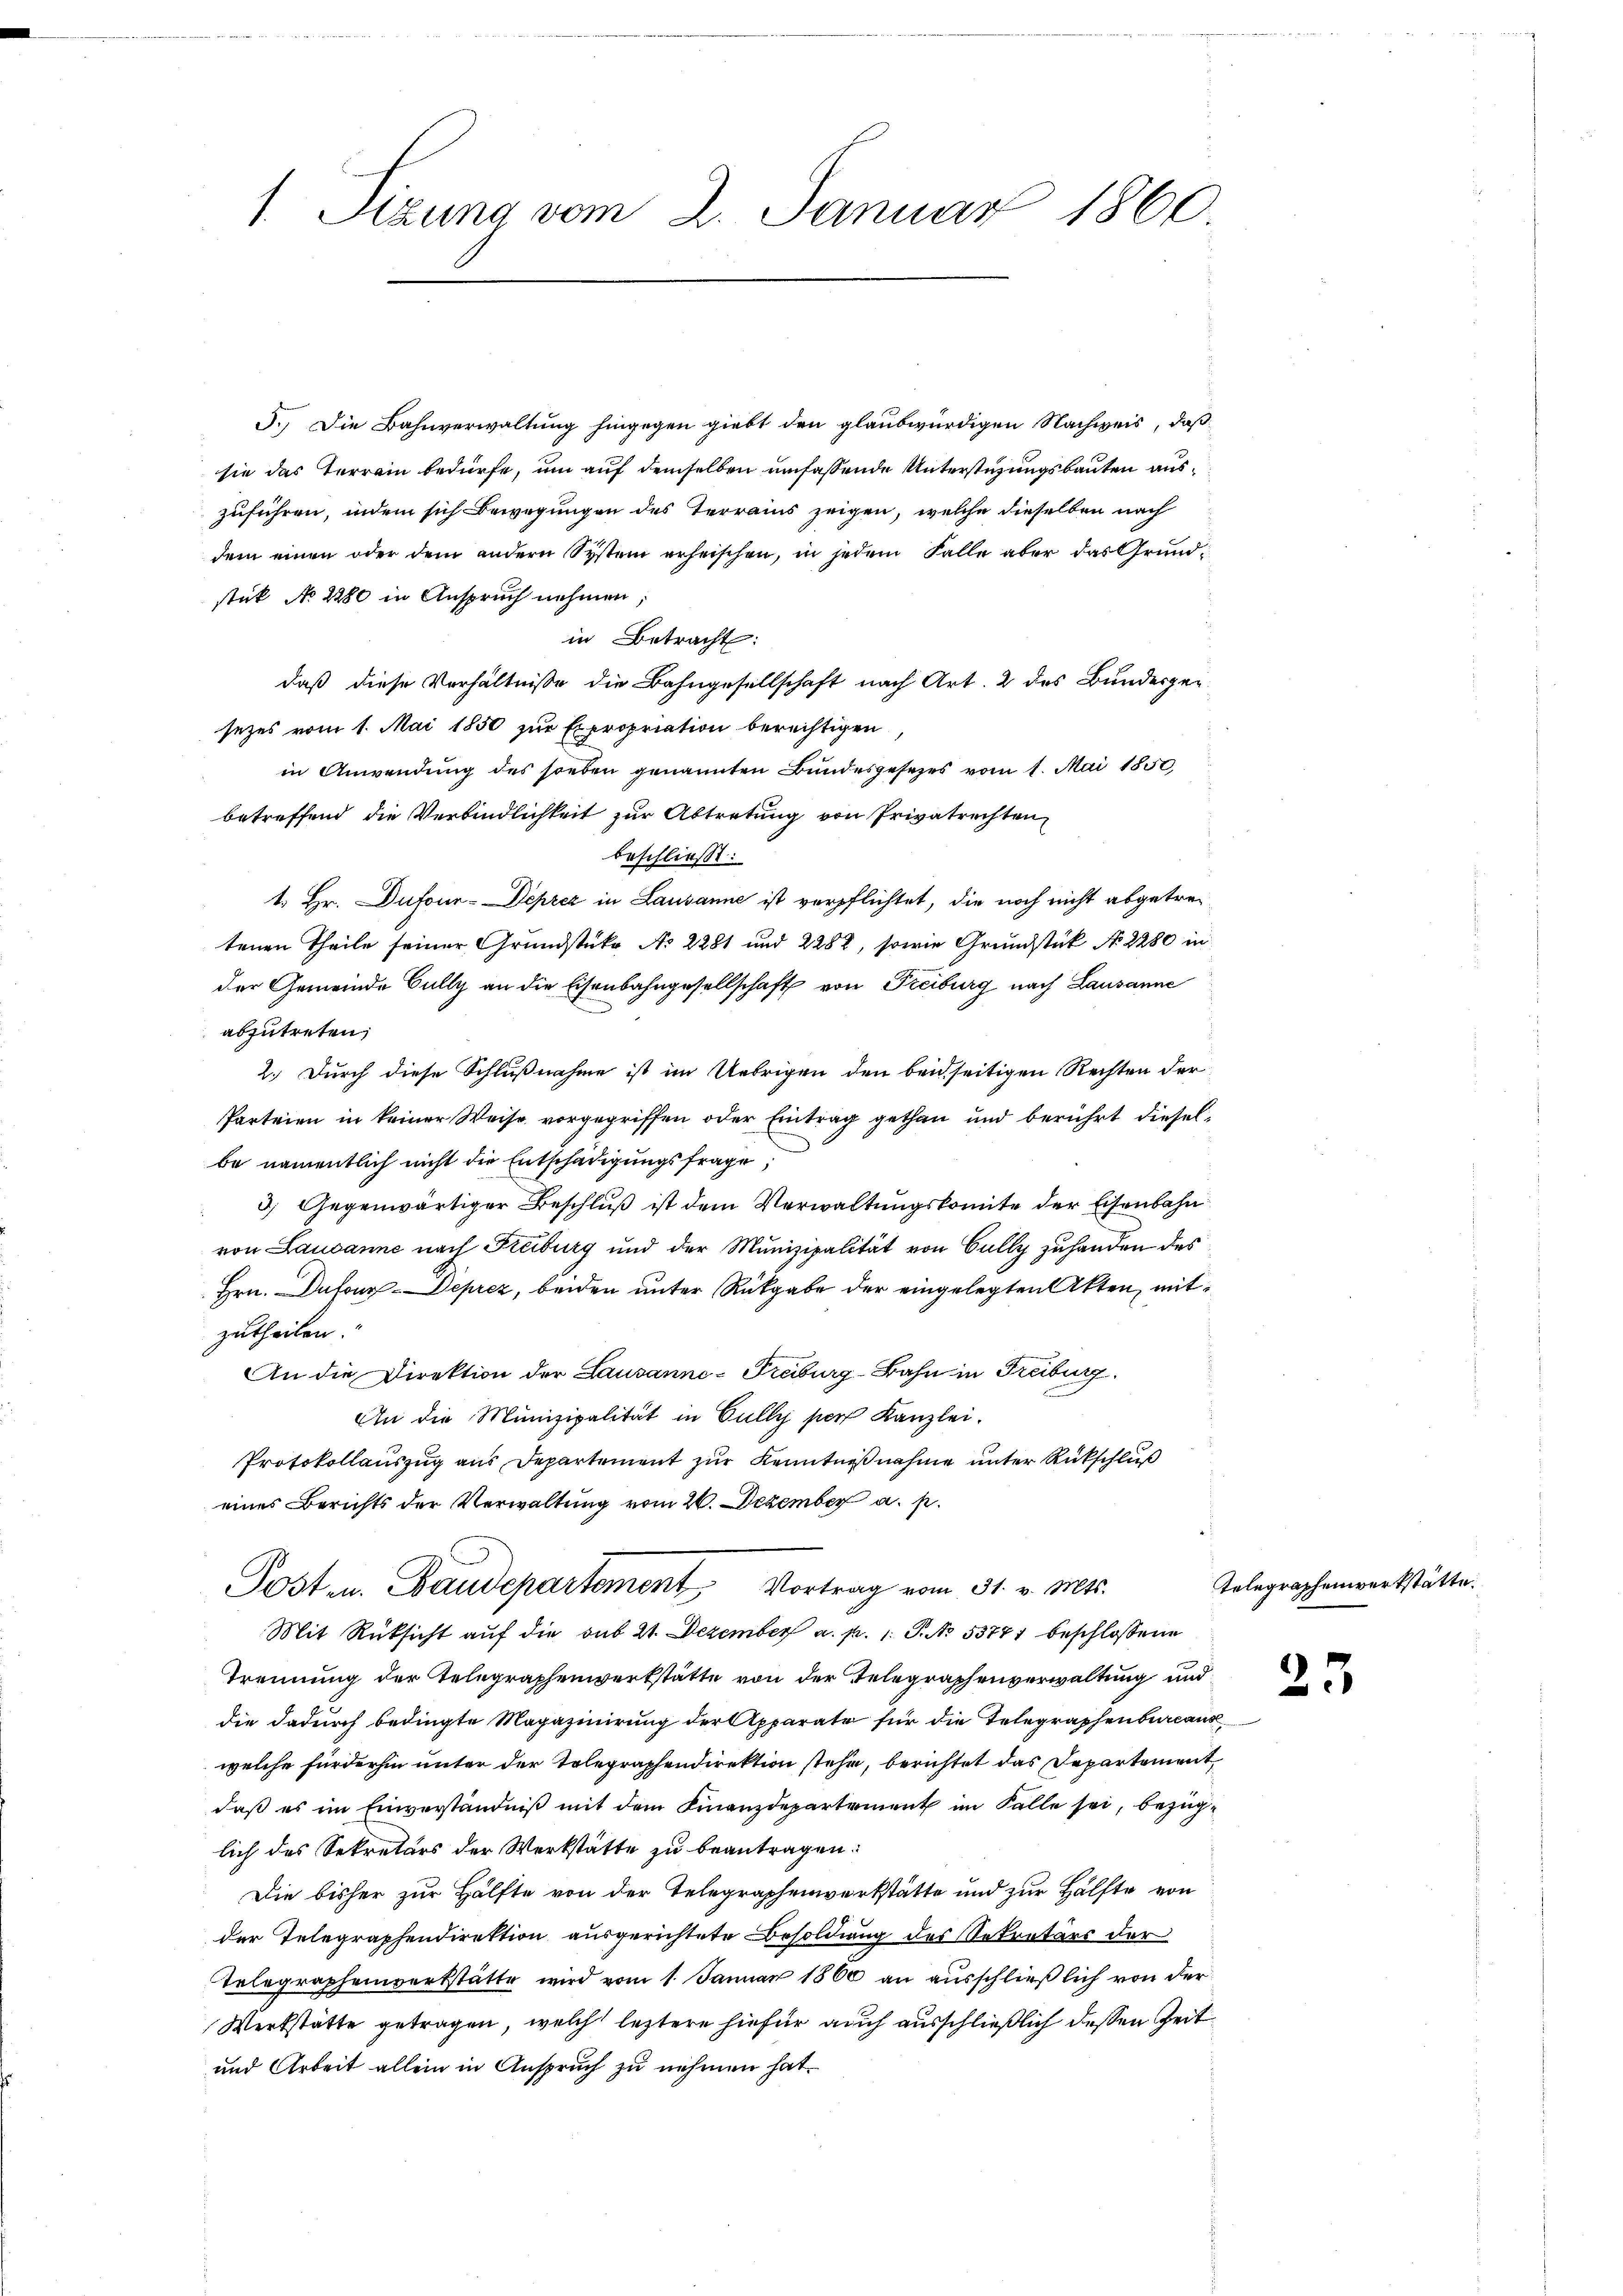
1 Sizung vom 2. Januar 1860

5.) Die Bahnverwaltung hingegen giebt den glaubwürdigen Nachweis, daß
sie das Terrain bedürfe, um auf demselben umfassende Unterstüzungsbauten auszuführen, indem sich Bewegungen des Terrains zeigen, welche dieselben nach
dem einen oder dem andern System erheischen, in jedem Falle aber das Grundstük No 2280 in Anspruch nehmen;
in Betracht:
daß diese Verhältnisse die Bahngesellschaft nach Art. 2 des Bundergesezes vom 1. Mai 1850 zur Expropriation berechtigen
in Anwendung des soeben genannten Bundesgesezes vom 1. Mai 1850
betreffend die Verbindlichkeit zur Abtretung von Privatrechten
beschließt:
1. Hr. Dufour-Deprez in Lausanne ist verpflichtet, die noch nicht abgetretenen Theile seiner Grundstüke No 2281 und 2282, sowie Grundstück No 2280 in
der Gemeinde Bally an die Eisenbahngesellschaft von Freiburg nach Lausanne
abzutreten,
2.) Durch diese Schlußnahme ist im Uebrigen den beidseitigen Rechten der
Parteien in keiner Weise vorgegriffen oder Eintrag gethan und berührt dieselbe namentlich nicht die Entschädigungsfrage,
3) Gegenwärtiger Beschluß ist dem Verwaltungskomite der Eisenbahn
von Lausanne nach Freiburg und der Munizipalität von Gully zuhanden des
Hrn. Dufour-Deprez, beiden unter Rückgabe der eingelegten Akten, mitzutheilen.
An die Direktion der Lausanne-Freiburg-Bahn in Freiburg.
An die Munizipalität in Gully per Kanzlei.
Protokollauszug aus Departement zur Kenntnißnahme unter Rückschluß
eines Berichts der Verwaltung vom 26. Dezember a. p.
Posten. Baudepartement Vortrag vom 31. v. Mts.
Mit Rüksicht auf die sub 21. Dezember a. p. 1. P. No. 53771 beschlossene
Trennung der Telegraphenwerkstätte von der Telegraphenverwaltung und
die dadurch bedingte Magazinirung der Apparate für die Telegraphenbureaus
welche fürderhin unter der Telegraphendirektion stehe, berichtet das Departement
daß es im Einverständniß mit dem Finanzdepartement im Falle sei, bezüglich des Sekretärs der Werkstätte zu beantragen.
Die bisher zur Hälfte von der Telegraphenwerkstätte und zur Hälfte von
der Telegraphendirektion ausgerichtete Besoldung des Sekretärs der
Telegraphenwerkstätte wird vom 1. Januar 1860 an ausschließlich von der
Werkstätte getragen, welch leztere hiefür auch ausschließlich dessen Zeit
und Arbeit allein in Anspruch zu nehmen hat.

Telegraphenverkstätte.

23